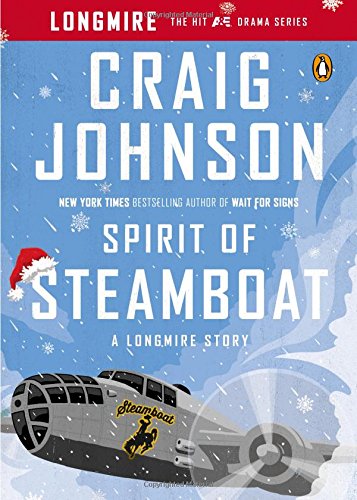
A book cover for Spirit of Steamboat: A Longmire Story (A Longmire Mystery); Craig Johnson; Literature & Fiction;